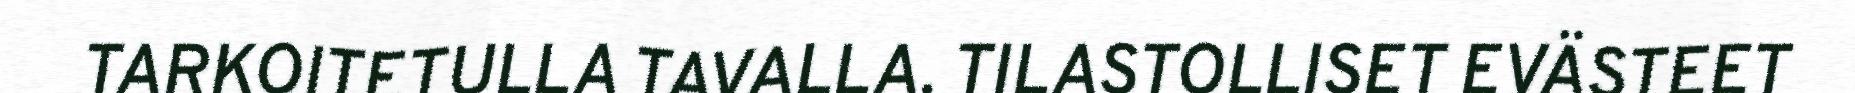
TARKOITETULLA TAVALLA. TILASTOLLISET EVÄSTEET